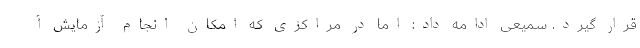
قرار گیرد. سمیعی ادامه داد: اما در مراکزی که امکان انجام آزمایش آ